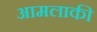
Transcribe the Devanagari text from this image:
आमलाकी